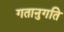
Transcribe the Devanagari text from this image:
गतानुगति